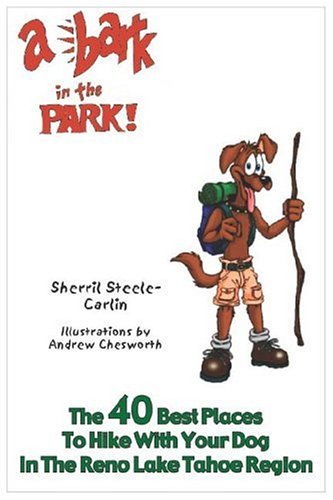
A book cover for A Bark in the Park: The 40 Best Places to Hike With Your Dog In The Reno/Lake Tahoe Region; Sherril Steele-Carlin; Travel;